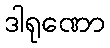
ဒါရုဏော